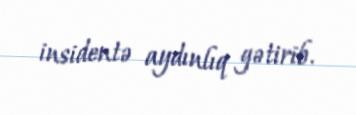
insidentə aydınlıq gətirib.